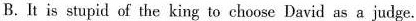
B.It is stupid of the king to choose David as a judge.